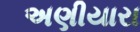
અણીયારા